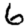
Digit: 6